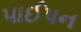
પાઈપન